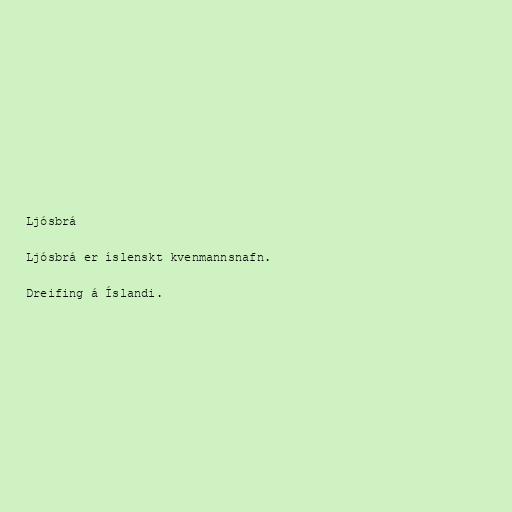
Ljósbrá

Ljósbrá er íslenskt kvenmannsnafn.

Dreifing á Íslandi.